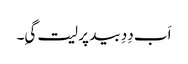
اَب دِدِ بید پر لیت گیِ۔